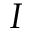
I